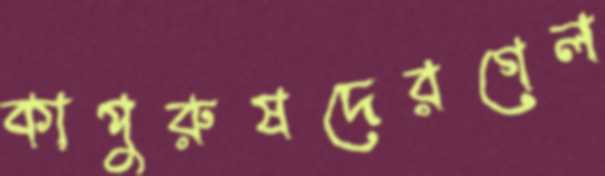
কাপুরুষদেরগেল